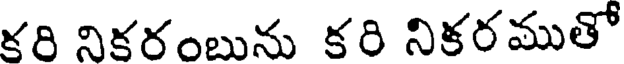
కరి నికరంబును కరి నికరముతో